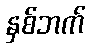
နှစ်ဘက်